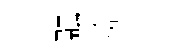
融揜